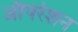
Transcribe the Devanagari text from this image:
औपरेशन